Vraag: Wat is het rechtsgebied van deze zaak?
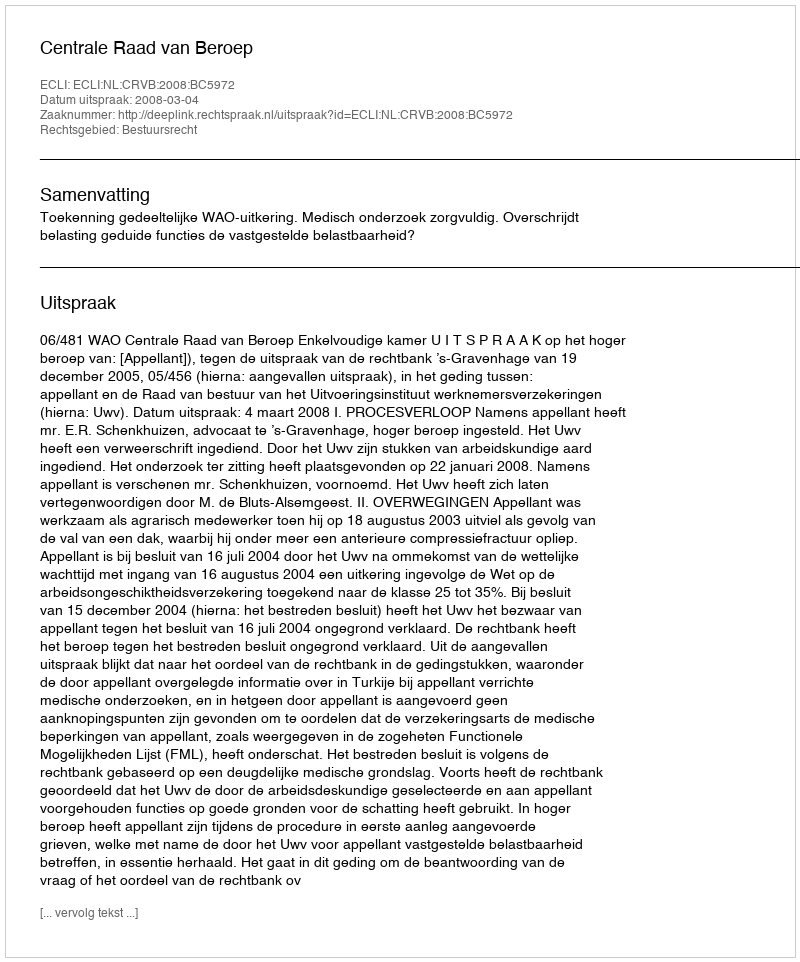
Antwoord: Bestuursrecht